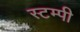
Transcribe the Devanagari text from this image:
स्टम्पी